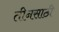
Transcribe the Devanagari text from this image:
तीनसाठी